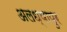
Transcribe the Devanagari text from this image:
अलध्यापुर